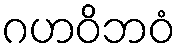
ဂဟဝိဘဝံ